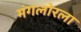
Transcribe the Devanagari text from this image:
मंगलोरला